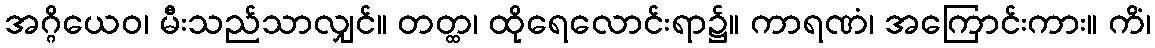
အဂ္ဂိယေဝ၊ မီးသည်သာလျှင်။ တတ္ထ၊ ထိုရေလောင်းရာ၌။ ကာရဏံ၊ အကြောင်းကား။ ကိံ၊